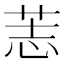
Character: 䓌